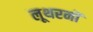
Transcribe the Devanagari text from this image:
लूथरनों